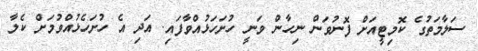
ސަލާމަތުގެ ކޮމިޓީއަށް ފޮނުވަން ނިހާން ވަނީ ހުށަހަޅުއްވާފައި. އަދި އެ ހުށަހެޅުއްވުމަށް ކެލާ